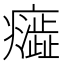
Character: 𭼷